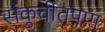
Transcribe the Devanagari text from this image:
संकुचीतपण